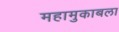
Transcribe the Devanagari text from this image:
महामुकाबला